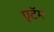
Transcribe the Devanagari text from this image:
एटॅम